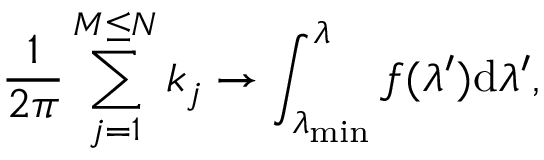
\frac { 1 } { 2 \pi } \sum _ { j = 1 } ^ { M \le N } k _ { j } \to \int _ { \lambda _ { \operatorname* { m i n } } } ^ { \lambda } f ( \lambda ^ { \prime } ) \mathrm { d } \lambda ^ { \prime } ,